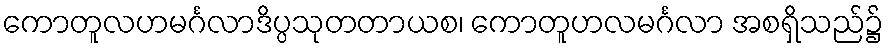
ကောတူလဟမင်္ဂလာဒိပ္ပသုတတာယစ၊ ကောတူဟလမင်္ဂလာ အစရှိသည်၌